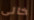
خالى